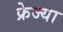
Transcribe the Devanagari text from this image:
फ्रेज्या